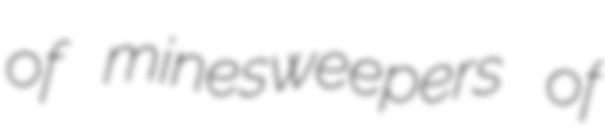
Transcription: of minesweepers of